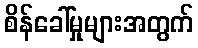
စိန်ခေါ်မှုများအတွက်